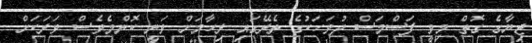
ޖިޔާގެ ގޮތް މިވީ ފަސްމަސް ދުވަހަކުގެ ތެރޭގައި ރިހާމަށް ވަނީ ކޮންމެވެސް ވަރަކަށް